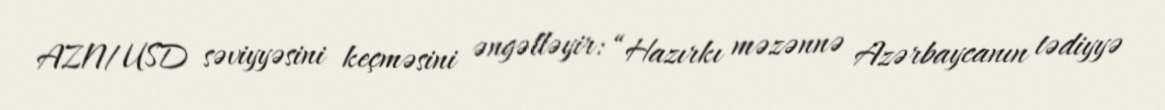
AZN/USD səviyyəsini keçməsini əngəlləyir: “Hazırkı məzənnə Azərbaycanın tədiyyə